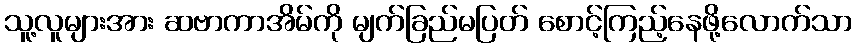
သူ့လူများအား ဆဗာကာအိမ်ကို မျက်ခြည်မပြတ် စောင့်ကြည့်နေဖို့လောက်သာ